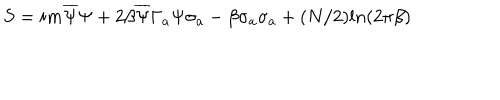
S = i m \overline { { { \Psi } } } \Psi + 2 \beta \overline { { { \Psi } } } \Gamma _ { a } \Psi \sigma _ { a } - \beta \sigma _ { a } \sigma _ { a } + ( N / 2 ) l n ( 2 \pi \beta )